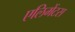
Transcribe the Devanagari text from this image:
एलिमेंटस